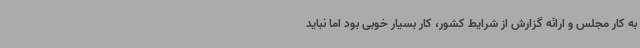
به کار مجلس و ارائه گزارش از شرایط کشور، کار بسیار خوبی بود اما نباید